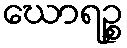
ဃောရဉ္စ